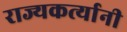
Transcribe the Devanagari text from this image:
राज्यकर्त्यानी